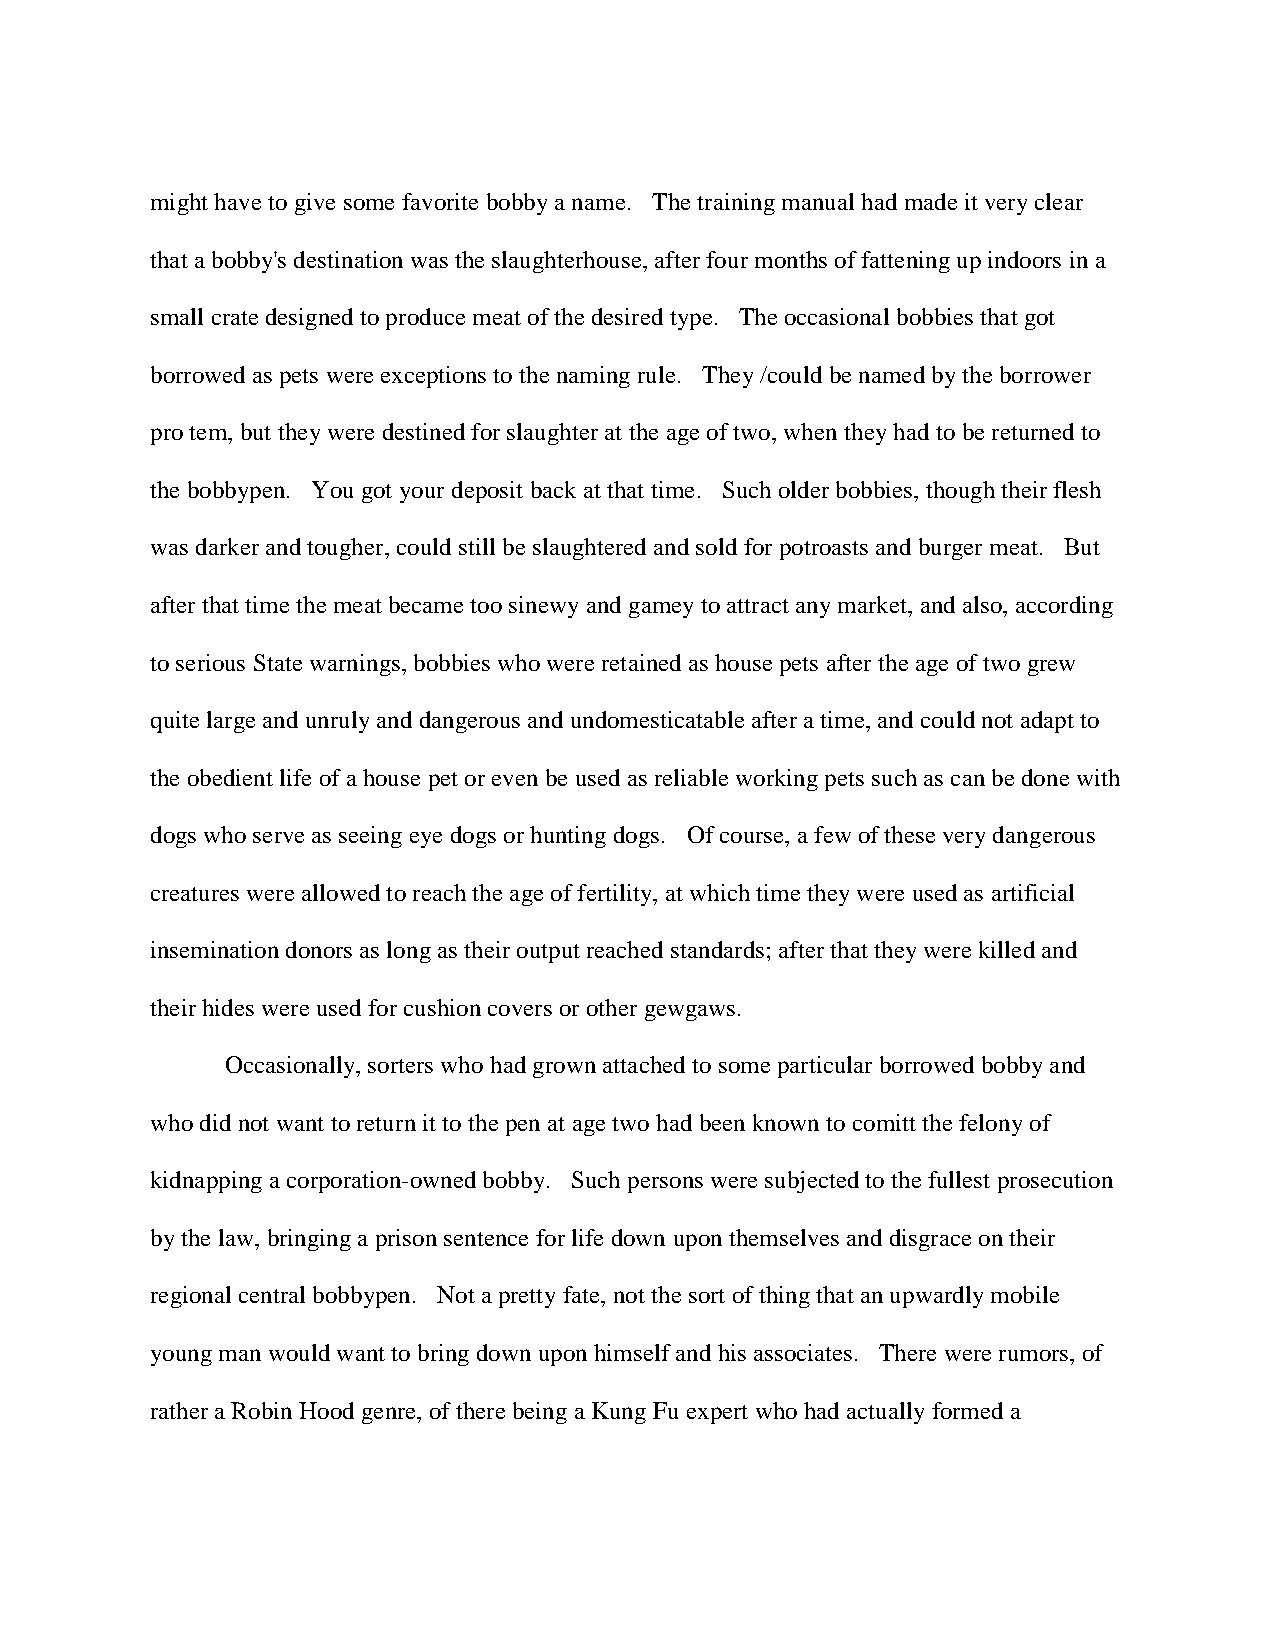
might have to give some favorite bobby a name. The training manual had made it very clear
 that a bobby's destination was the slaughterhouse, after four months of fattening up indoors in a
 small crate designed to produce meat of the desired type. The occasional bobbies that got
 borrowed as pets were exceptions to the naming rule. They /could be named by the borrower
 pro tem, but they were destined for slaughter at the age of two, when they had to be returned to
 the bobbypen. You got your deposit back at that time. Such older bobbies, though their flesh
 was darker and tougher, could still be slaughtered and sold for potroasts and burger meat. But
 after that time the meat became too sinewy and gamey to attract any market, and also, according
 to serious State warnings, bobbies who were retained as house pets after the age of two grew
 quite large and unruly and dangerous and undomesticatable after a time, and could not adapt to
 the obedient life of a house pet or even be used as reliable working pets such as can be done with
 dogs who serve as seeing eye dogs or hunting dogs. Of course, a few of these very dangerous
 creatures were allowed to reach the age of fertility, at which time they were used as artificial
 insemination donors as long as their output reached standards; after that they were killed and
 their hides were used for cushion covers or other gewgaws.
 Occasionally, sorters who had grown attached to some particular borrowed bobby and
 who did not want to return it to the pen at age two had been known to comitt the felony of
 kidnapping a corporation-owned bobby. Such persons were subjected to the fullest prosecution
 by the law, bringing a prison sentence for life down upon themselves and disgrace on their
 regional central bobbypen. Not a pretty fate, not the sort of thing that an upwardly mobile
 young man would want to bring down upon himself and his associates. There were rumors, of
 rather a Robin Hood genre, of there being a Kung Fu expert who had actually formed a